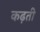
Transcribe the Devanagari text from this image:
कढ़ती